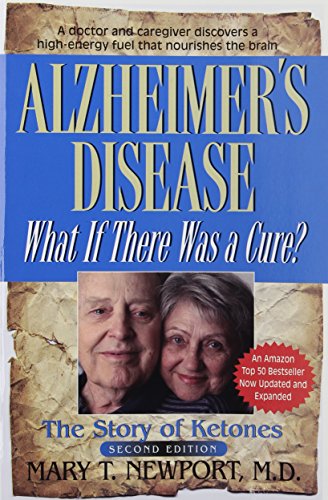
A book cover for Alzheimer's Disease: What If There Was a Cure?; Mary T. Newport; Health, Fitness & Dieting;